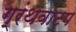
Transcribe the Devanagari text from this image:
ग्रंथवाटप